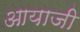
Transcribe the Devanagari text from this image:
आयाजी